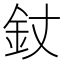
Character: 𨥅